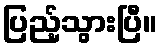
ပြည့်သွားပြီ။